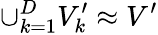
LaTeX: \cup_{k=1}^{D}V_{k}^{\prime}\approx V^{\prime}